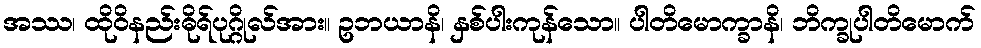
အဿ၊ ထိုဝိနည်းဓိုရ်ပုဂ္ဂိုလ်အား။ ဥဘယာနိ၊ နှစ်ပါးကုန်သော။ ပါတိမောက္ခာနိ၊ ဘိက္ခုပါတိမောက်